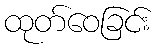
ထုတ်ဝေခြင်း